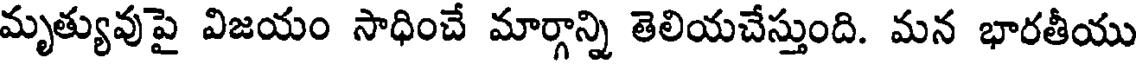
మృత్యువుపై విజయం సాధించే మార్గాన్ని తెలియచేస్తుంది. మన భారతీయు